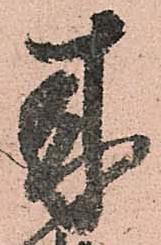
来